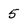
Character: 5